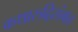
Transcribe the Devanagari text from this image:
कथारुढ़िसंमत